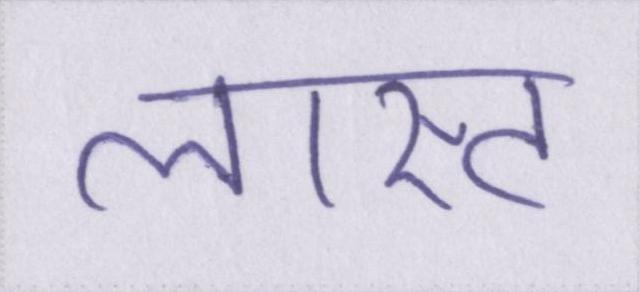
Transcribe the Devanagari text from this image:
लास्ट